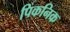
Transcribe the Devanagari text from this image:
पिकनिक